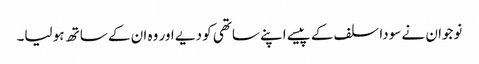
نوجوان نے سودا سلف کے پیسے اپنے ساتھی کو دیے اور وہ ان کے ساتھ ہو لیا۔